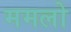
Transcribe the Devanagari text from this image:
ममलो